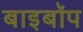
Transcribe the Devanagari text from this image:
बाइबॉप